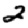
Digit: 2